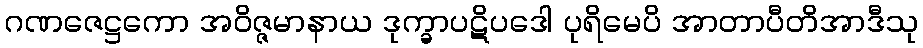
ဂဏဇေဋ္ဌကော အဝိဇ္ဇမာနာယ ဒုက္ခာပဋိပဒေါ ပုရိမေပိ အာတာပီတိအာဒီသု